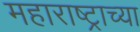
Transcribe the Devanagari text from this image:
महाराष्‍ट्राच्या